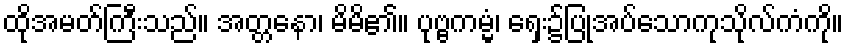
ထိုအမတ်ကြီးသည်။ အတ္တနော၊ မိမိ၏။ ပုဗ္ဗကမ္မံ၊ ရှေး၌ပြုအပ်သောကုသိုလ်ကံကို။